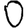
Digit: 0